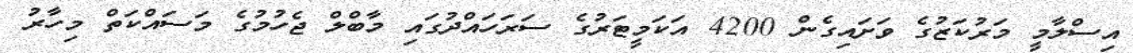
އިސްލާމީ މަރުކަޒުގެ ވަށައިގެން 4200 އަކަމީޓަރުގެ ސަރަހައްދުގައި މާބްލް ޖެހުމުގެ މަސައްކަތް މިހާރު